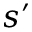
s ^ { \prime }